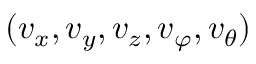
( v _ { x } , v _ { y } , v _ { z } , v _ { \varphi } , v _ { \theta } )